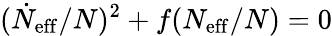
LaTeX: (\dot{N}_{\mathrm{eff}}/N)^{2}+f(N_{\mathrm{eff}}/N)=0